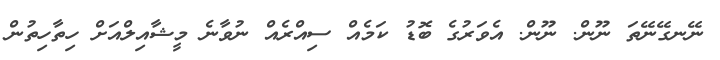
ނޭނގޭނޭތަ ނޫން. ނޫން. އެވަރުގެ ބޮޑު ކަމެއް ސިއްރެއް ނުވާނެ މީޝާއިލްއަށް ހިތާހިތުން